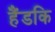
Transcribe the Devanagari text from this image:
हैंडकि